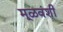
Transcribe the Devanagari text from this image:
मूळवंशी